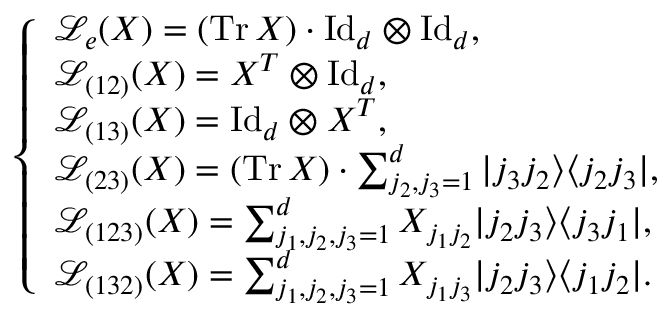
\left\{ \begin{array} { l l l l l l l } { \mathcal { L } _ { e } ( X ) = ( \mathrm { T r \, } X ) \cdot \mathrm { I d } _ { d } \otimes \mathrm { I d } _ { d } , } \\ { \mathcal { L } _ { ( 1 2 ) } ( X ) = X ^ { T } \otimes \mathrm { I d } _ { d } , } \\ { \mathcal { L } _ { ( 1 3 ) } ( X ) = \mathrm { I d } _ { d } \otimes X ^ { T } , } \\ { \mathcal { L } _ { ( 2 3 ) } ( X ) = ( \mathrm { T r } \, X ) \cdot \sum _ { j _ { 2 } , j _ { 3 } = 1 } ^ { d } | j _ { 3 } j _ { 2 } \rangle \langle j _ { 2 } j _ { 3 } | , } \\ { \mathcal { L } _ { ( 1 2 3 ) } ( X ) = \sum _ { j _ { 1 } , j _ { 2 } , j _ { 3 } = 1 } ^ { d } X _ { j _ { 1 } j _ { 2 } } | j _ { 2 } j _ { 3 } \rangle \langle j _ { 3 } j _ { 1 } | , } \\ { \mathcal { L } _ { ( 1 3 2 ) } ( X ) = \sum _ { j _ { 1 } , j _ { 2 } , j _ { 3 } = 1 } ^ { d } X _ { j _ { 1 } j _ { 3 } } | j _ { 2 } j _ { 3 } \rangle \langle j _ { 1 } j _ { 2 } | . } \end{array} \right.